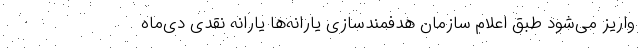
واریز می‌شود طبق اعلام سازمان هدفمندسازی یارانه‌ها یارانه نقدی دی‌ماه